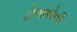
ઢોળાવોની